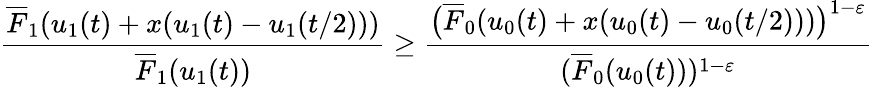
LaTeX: \frac{\overline{{F}}_{1}(u_{1}(t)+x(u_{1}(t)-u_{1}(t/2)))}{\overline{{F}}_{1}(u_{1}(t))}\ge\frac{\big(\overline{{F}}_{0}(u_{0}(t)+x(u_{0}(t)-u_{0}(t/2)))\big)^{1-\varepsilon}}{(\overline{{F}}_{0}(u_{0}(t)))^{1-\varepsilon}}